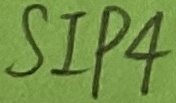
Text: SIP4